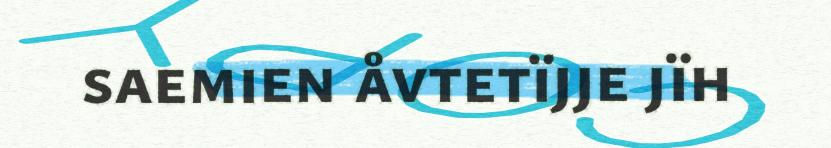
saemien åvtetïjje jïh